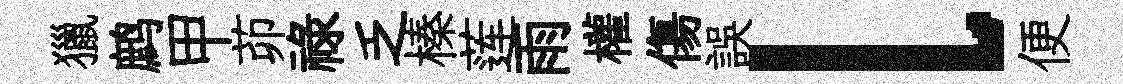
獵鹧甲茆祿乏榛莲雨權傷誤l便